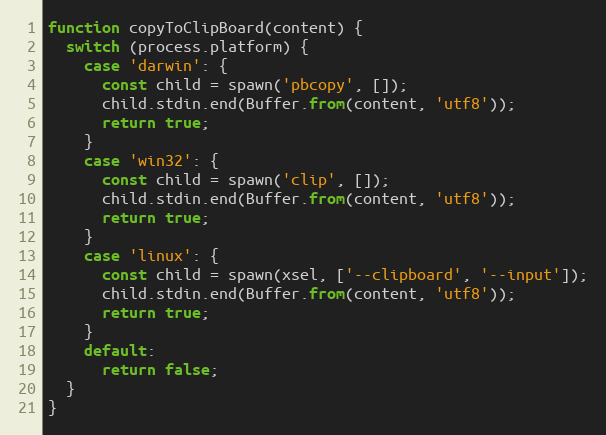
Language: JavaScript
function copyToClipBoard(content) {
  switch (process.platform) {
    case 'darwin': {
      const child = spawn('pbcopy', []);
      child.stdin.end(Buffer.from(content, 'utf8'));
      return true;
    }
    case 'win32': {
      const child = spawn('clip', []);
      child.stdin.end(Buffer.from(content, 'utf8'));
      return true;
    }
    case 'linux': {
      const child = spawn(xsel, ['--clipboard', '--input']);
      child.stdin.end(Buffer.from(content, 'utf8'));
      return true;
    }
    default:
      return false;
  }
}